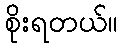
စိုးရတယ်။